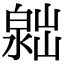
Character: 𣻮